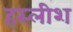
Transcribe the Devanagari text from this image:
हस्लीश